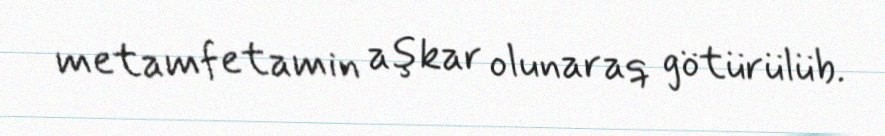
metamfetamin aşkar olunaraq götürülüb.